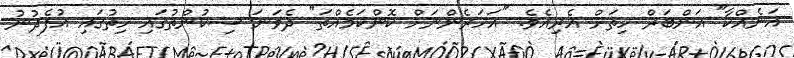
އަނެއްކާ" އަންބަރް ހިތަށް އެރިއެވެ. "އަހަރެންނަށް ކޮންކަމެއްތަ" ދެވަނަ ސިކުންތުގައި ހިތުގައި އުފެދުނު